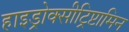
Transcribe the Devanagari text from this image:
हाइड्रोक्सीट्रिप्टामिन